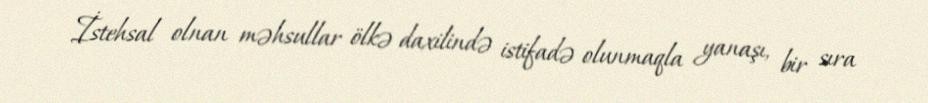
İstehsal olnan məhsullar ölkə daxilində istifadə olunmaqla yanaşı, bir sıra